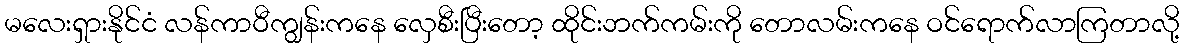
မလေးရှားနိုင်ငံ လန်ကာဝီကျွန်းကနေ လှေစီးပြီးတော့ ထိုင်းဘက်ကမ်းကို တောလမ်းကနေ ဝင်ရောက်လာကြတာလို့